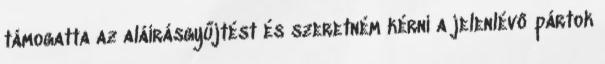
támogatta az aláírásgyűjtést és szeretném kérni a jelenlévő pártok